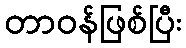
တာဝန်ဖြစ်ပြီး